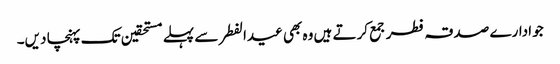
جو ادارے صدقہ فطر جمع کرتے ہیں وہ بھی عیدالفطر سے پہلے مستحقین تک پہنچا دیں۔